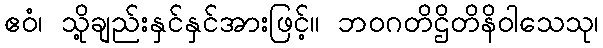
ဧဝံ၊ သို့ချည်းနှင်နှင်အားဖြင့်။ ဘဝဂတိဌိတိနိဝါသေသု၊